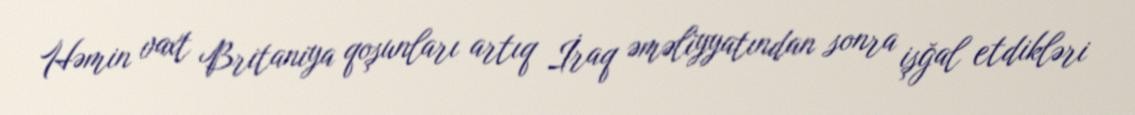
Həmin vaxt Britaniya qoşunları artıq İraq əməliyyatından sonra işğal etdikləri